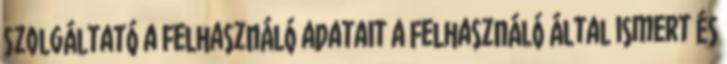
Szolgáltató a Felhasználó adatait a Felhasználó által ismert és